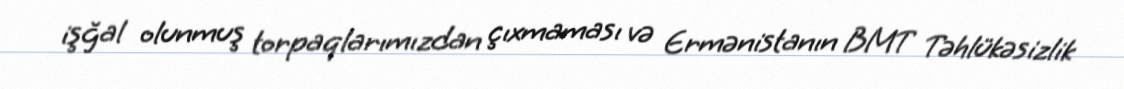
işğal olunmuş torpaqlarımızdan çıxmaması və Ermənistanın BMT Təhlükəsizlik